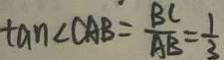
\tan \angle C A B = \frac { B C } { A B } = \frac { 1 } { 3 }